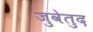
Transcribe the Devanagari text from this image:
जुवेतुद